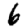
Digit: 6